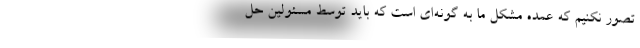
تصور نکنیم که عمده مشکل ما به گونه‌ای است که باید توسط مسئولین حل